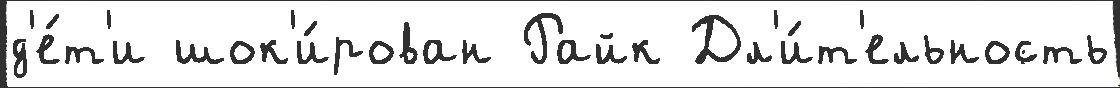
д'е́т'и шок'и́рован Райк Дл'и́т'ельность